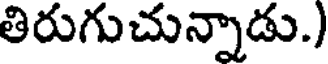
తిరుగుచున్నాడు.)